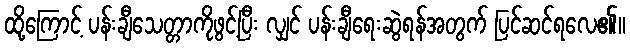
ထို့ကြောင့် ပန်းချီသေတ္တာကိုဖွင့်ပြီး လျှင် ပန်းချီရေးဆွဲရန်အတွက် ပြင်ဆင်ရလေ၏။